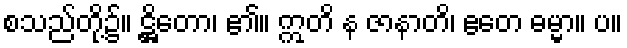
စသည်တို့၌။ ဋ္ဌိတော၊ ၏။ ဣတိ န ဇာနာတိ၊ ဧတေ ဓမ္မာ။ ပ။